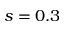
s = 0 . 3